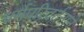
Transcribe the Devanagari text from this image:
धर्मपरिवर्तनाने